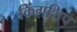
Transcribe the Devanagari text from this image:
किंगशिप